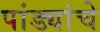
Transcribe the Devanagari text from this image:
पांड्यांचे